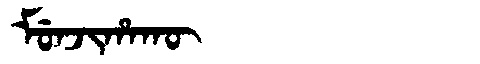
Manchu: ᠮᡠᠨᠵᡳᡥᠠᡴᡡ
Romanization: MUNJIHAKŪ